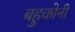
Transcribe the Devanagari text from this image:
बहुकोनी